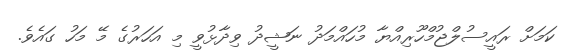
ކަމަށް ރައީސުލްޖުމްހޫރިއްޔާ މުހައްމަދު ނަޝީދު ވިދާޅުވީ މި އަހަރުގެ މޭ މަހު ގައެވެ.